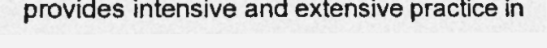
provides intensive and extensive practice in